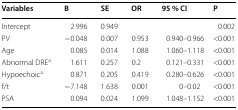
| Variables | B | SE | OR | 95 % CI | P |
 | --- | --- | --- | --- | --- | --- |
 | Intercept | 2.996 | 0.949 |  |  | 0.002 |
 | PV | −0.048 | 0.007 | 0.953 | 0.940–0.966 | <0.001 |
 | Age | 0.085 | 0.014 | 1.088 | 1.060–1.118 | <0.001 |
 | Abnormal DREa | 1.611 | 0.257 | 0.2 | 0.121–0.331 | <0.001 |
 | Hypoechoica | 0.871 | 0.205 | 0.419 | 0.280–0.626 | <0.001 |
 | f/t | −7.148 | 1.638 | 0.001 | 0–0.02 | <0.001 |
 | PSA | 0.094 | 0.024 | 1.099 | 1.048–1.152 | <0.001 |